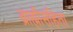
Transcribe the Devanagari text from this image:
ब्राह्मीसंहिता